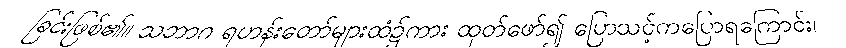
ခြင်းဖြစ်၏။ သဘာဂ ရဟန်းတော်များထံ၌ကား ထုတ်ဖော်၍ ပြောသင့်ကပြောရကြောင်း၊